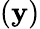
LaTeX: (\mathbf{y})